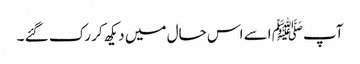
آپﷺ اسے اس حال میں دیکھ کر رک گئے ۔